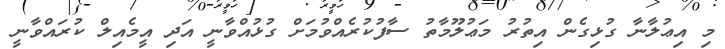
މި އިޢުލާނާ ގުޅިގެން އިތުރު މަޢުލޫމާތު ސާފުކުރެއްވުމަށް ގުޅުއްވާނީ އަދި އީމެއިލް ކުރައްވާނީ